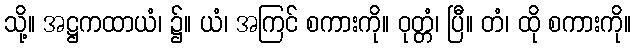
သို့။ အဋ္ဌကထာယံ၊ ၌။ ယံ၊ အကြင် စကားကို။ ဝုတ္တံ၊ ပြီ။ တံ၊ ထို စကားကို။